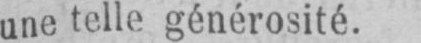
une telle générosité.